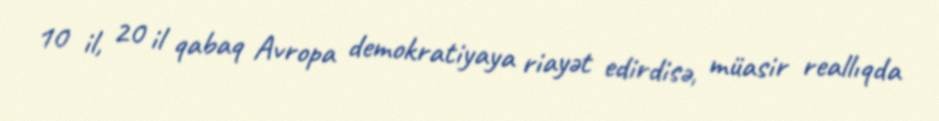
10 il, 20 il qabaq Avropa demokratiyaya riayət edirdisə, müasir reallıqda